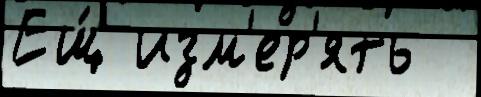
Ещ́ изм'ер'ять